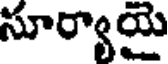
సూర్యాయై